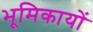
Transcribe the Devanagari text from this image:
भूमिकायों